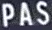
PAS